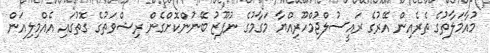
މުއާމަލާތުގެ ތެރެއިން އޭރުގެ ރައީސުލްޖުމްހޫރިއްޔާ މަގާމުގެ ނުފޫޒު ބޭނުންކޮށްގެން ރިޝްވަތުގެ ގޮތުގައި އެއްމިލިއަން